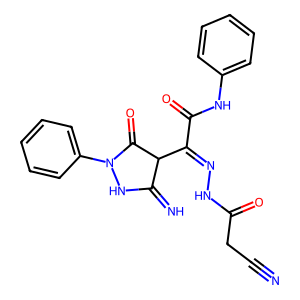
SMILES: N#CCC(=O)NN=C(C(=O)Nc1ccccc1)C1C(=N)NN(c2ccccc2)C1=O
Inhibits HIV replication: No